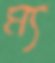
ম্য